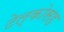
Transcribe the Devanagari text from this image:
टेल्कोसह